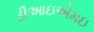
ડીઆઇએમઇ